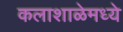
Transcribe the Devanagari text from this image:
कलाशाळेमध्ये